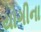
યોગીના